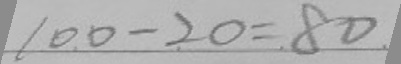
1 0 0 - 2 0 = 8 0